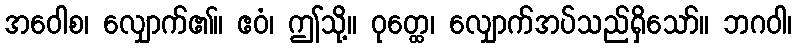
အဝေါစ၊ လျှောက်၏။ ဧဝံ၊ ဤသို့။ ဝုတ္ထေ၊ လျှောက်အပ်သည်ရှိသော်။ ဘဂဝါ၊